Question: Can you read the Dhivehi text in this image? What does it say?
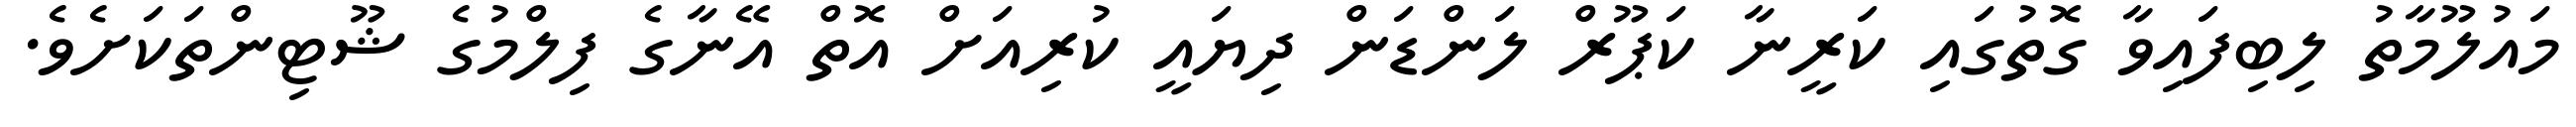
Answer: މައުލޫމާތު ލިބިފައިވާ ގޮތުގައި ކަރީނާ ކަޕޫރް ލަންޑަން ދިޔައީ ކުރިއަށް އޮތް އޭނާގެ ފިލްމުގެ ޝޫޓިންތަކަށެވެ.